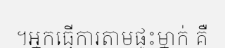
។អ្នកធ្វើការតាមផ្ទះម្នាក់ គឺ